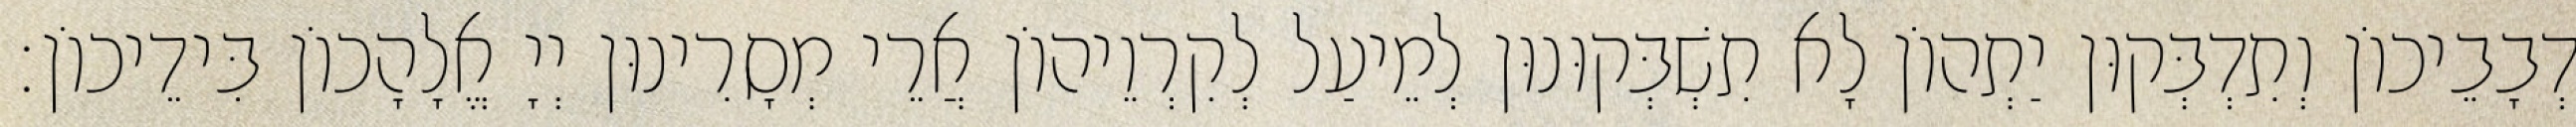
דְבָבֵיכוֹן וְתִדְבְּקוּן יַתְהוֹן לָא תִשְׁבְּקוּנוּן לְמֵיעַל לְקִרְוֵיהוֹן אֲרֵי מְסָרִינוּן יְיָ אֱלָהָכוֹן בִּידֵיכוֹן׃